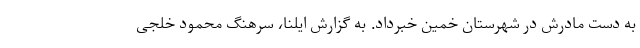
به دست مادرش در شهرستان خمین خبرداد. به گزارش ایلنا، سرهنگ محمود خلجی